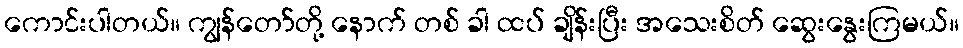
ကောင်းပါတယ်။ ကျွန်တော်တို့ နောက် တစ် ခါ ထပ် ချိန်းပြီး အသေးစိတ် ဆွေးနွေးကြမယ်။